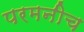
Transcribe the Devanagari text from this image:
परमनीच